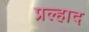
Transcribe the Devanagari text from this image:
प्रल्‍हाद